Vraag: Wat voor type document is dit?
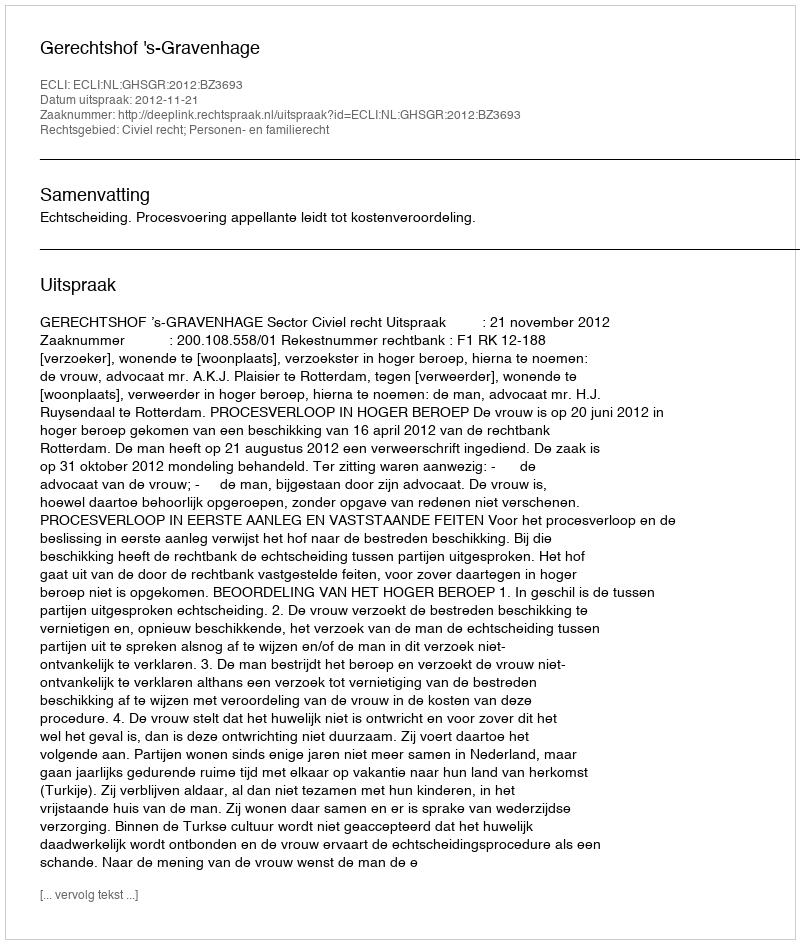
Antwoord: Uitspraak